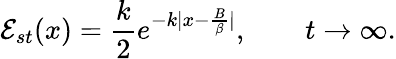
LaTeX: {\mathcal E}_{st}(x)=\frac{k}{2}e^{-k|x-\frac{B}{\beta}|},\qquad t\to\infty.